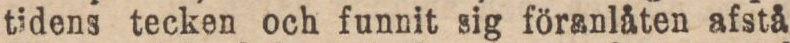
tidens tecken och funnit sig föranlåten afstå